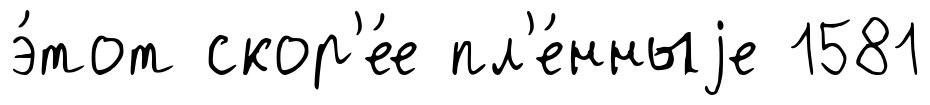
э́тот скор'е́е пл'е́нныjе 1581